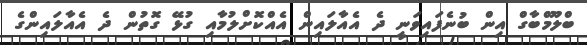
ބްލޫމްބާގް އިން ބުނެފައިވަނީ ދެ އެއާލައިން އެއްކޮށްލުމާއި ގުޅޭ ގޮތުން ދެ އެއާލައިންގެ